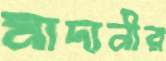
মাদানীর